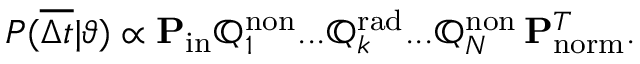
P ( \overline { { \Delta t } } | \vartheta ) \propto \mathbf { P } _ { \mathrm { i n } } \mathbb { Q } _ { 1 } ^ { \mathrm { n o n } } . . . \mathbb { Q } _ { k } ^ { \mathrm { r a d } } . . . { \mathbb { Q } } _ { N } ^ { \mathrm { n o n } } \, \mathbf { P } _ { \mathrm { n o r m } } ^ { T } .